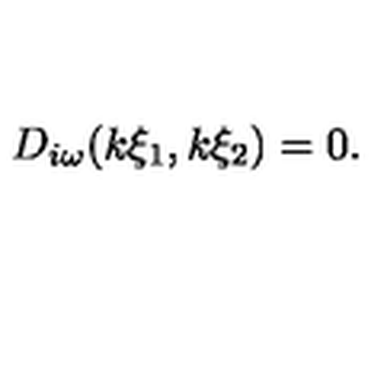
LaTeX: D _ { i \omega } ( k \xi _ { 1 } , k \xi _ { 2 } ) = 0 .